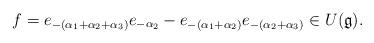
LaTeX: \begin{align*}f = e_{-(\alpha_1 + \alpha_2 + \alpha_3)} e_{-\alpha_2} - e_{-(\alpha_1 + \alpha_2)} e_{-(\alpha_2 + \alpha_3)} \in U(\mathfrak g).\end{align*}